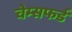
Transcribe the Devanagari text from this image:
चेम्सफर्ड